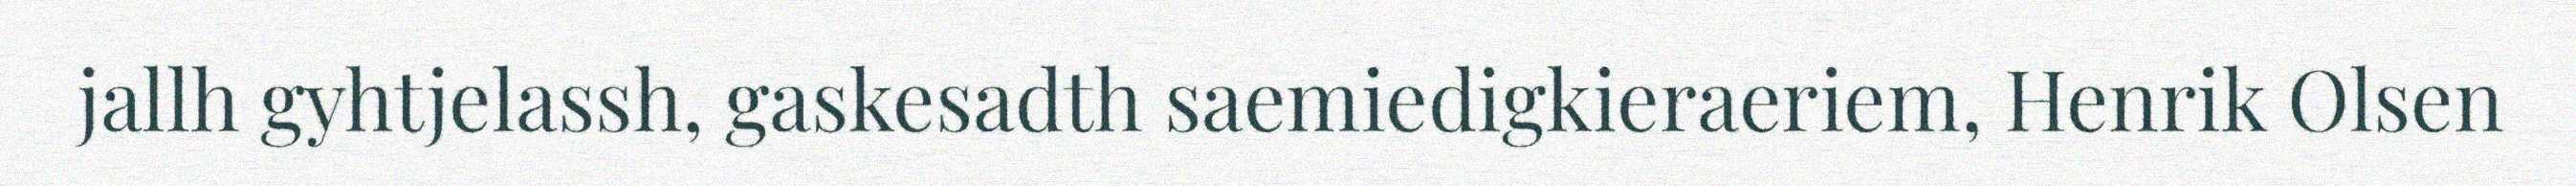
jallh gyhtjelassh, gaskesadth saemiedigkieraeriem, Henrik Olsen